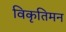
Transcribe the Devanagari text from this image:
विकृतिमन